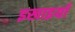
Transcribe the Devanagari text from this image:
इखाइयाँ